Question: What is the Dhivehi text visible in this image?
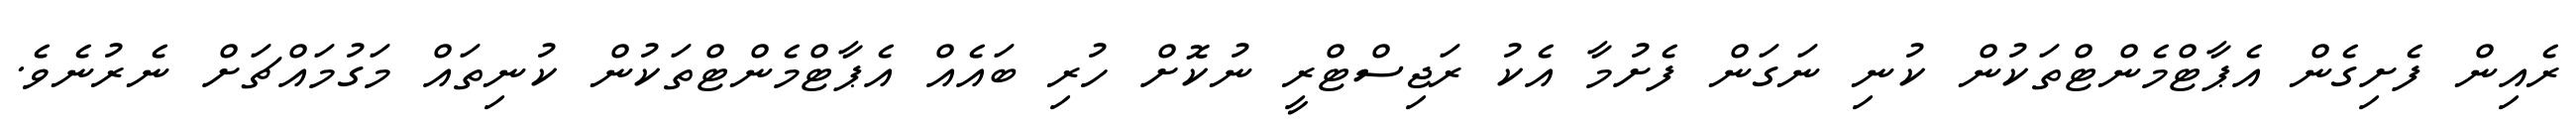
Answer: ރެއިން ފެށިގެން އެޕާޓްމެންޓްތަކުން ކުނި ނަގަން ފެށުމާ އެކު ރަޖިސްޓްރީ ނުކޮށް ހުރި ބައެއް އެޕާޓްމެންޓްތަކުން ކުނިތައް މަގުމައްޗަށް ނެރުނެވެ.